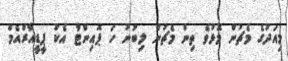
މިއަދުގެ މެޗުން މޮޅުވެ ތިން މެޗުން ލިބުނު ހަ ޕޮއިންޓާ އެކު ޕީޑީއާރްއެމް